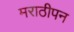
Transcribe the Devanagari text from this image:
मराठीपन